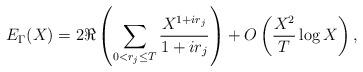
LaTeX: \begin{align*}E_{\Gamma}(X)=2\Re\left(\sum_{0<r_j\le T}\frac{X^{1+ir_j}}{1+ir_j}\right)+O\left(\frac{X^2}{T}\log X\right),\end{align*}